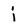
Character: i